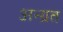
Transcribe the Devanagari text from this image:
अन्ग्रत